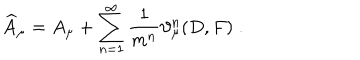
\widehat { A } _ { \mu } = A _ { \mu } + \sum _ { n = 1 } ^ { \infty } \frac 1 { m ^ { n } } \vartheta _ { \mu } ^ { n } ( D , F ) \; .